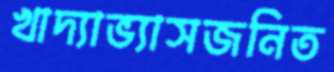
খাদ্যাভ্যাসজনিত